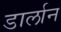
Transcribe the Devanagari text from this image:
डार्लान